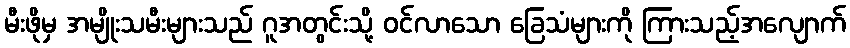
မီးဖိုမှ အမျိုးသမီးများသည် ဂူအတွင်းသို့ ဝင်လာသော ခြေသံများကို ကြားသည့်အလျောက်